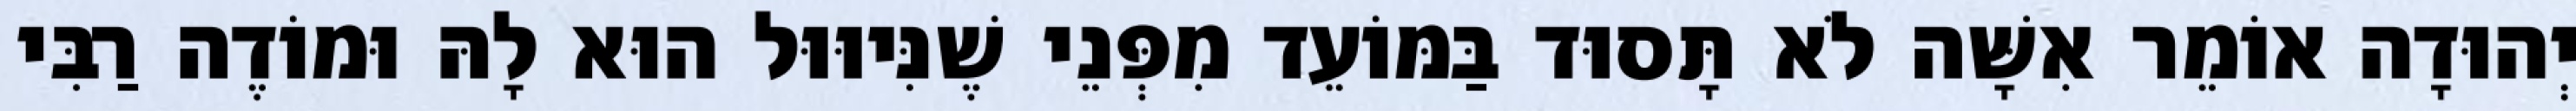
יְהוּדָה אוֹמֵר אִשָּׁה לֹא תָּסוּד בַּמּוֹעֵד מִפְּנֵי שֶׁנִּיוּוּל הוּא לָהּ וּמוֹדֶה רַבִּי